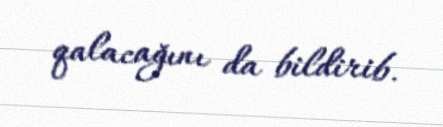
qalacağını da bildirib.